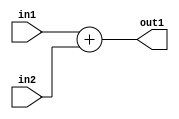
module alu_branch (in1,in2,out1);
input [31:0] in1 ,in2;
output [31:0] out1;

   assign out1=in1+in2;
endmodule